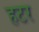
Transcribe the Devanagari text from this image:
हटर